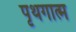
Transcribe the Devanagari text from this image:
पृथगात्म